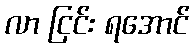
လာ ငြင်း ရအောင်